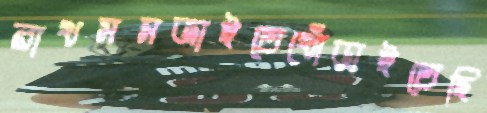
রাখসমজাইতেখোঁড়াইতেছি